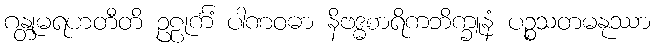
ဂန္တုမရဟတီတိ ဥဠုင်္ကံ ပါဏဝဓာ နိဗဒ္ဓစာရိကဘိက္ခူနံ ပဉ္စသတမနုဿာ